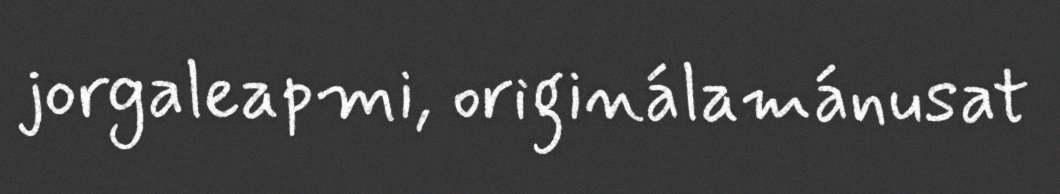
jorgaleapmi, originálamánusat